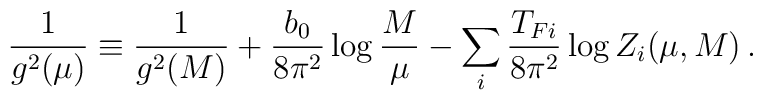
{ 1\over g^2(\mu)} \equiv{1 \over g^2(M) } + {b_0 \over 8 \pi^2} \log {M \over \mu} - \sum_i {T_{Fi} \over 8\pi^2} \log Z_i(\mu, M) \, .